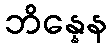
ဘိန္နေန